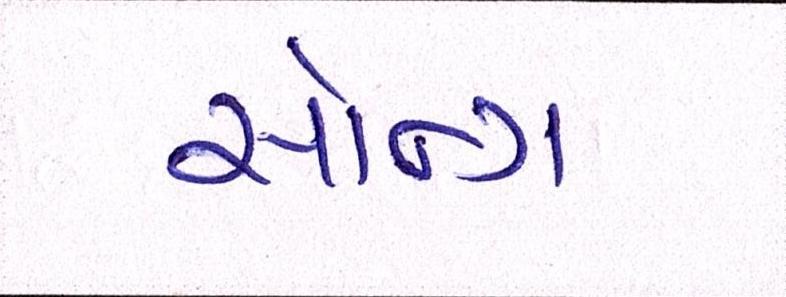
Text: સૉન્ગ